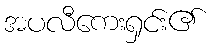
အပလီကေးရှင်း၏